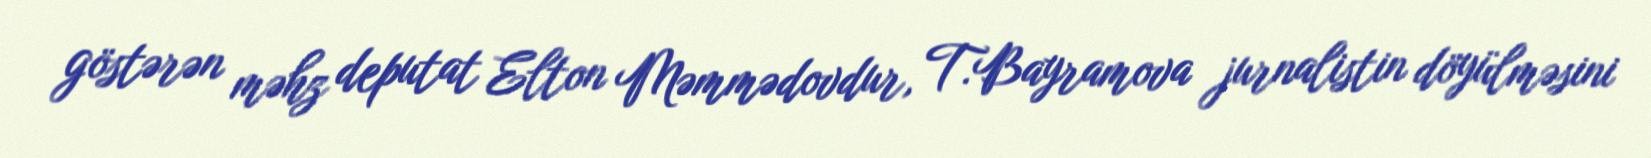
göstərən məhz deputat Elton Məmmədovdur, T.Bayramova jurnalistin döyülməsini